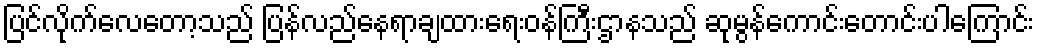
ပြင်လိုက်လေတော့သည် ပြန်လည်နေရာချထားရေးဝန်ကြီးဌာနသည် ဆုမွန်ကောင်းတောင်းပါကြောင်း